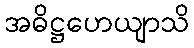
အဓိဋ္ဌဟေယျာသိ